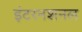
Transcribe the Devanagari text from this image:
इंटरनशनल